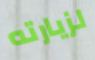
لزيارته